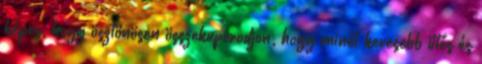
képes, hogy ösztönösen összekuporodjon, hogy minél kevesebb ütés és